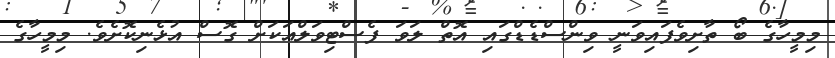
މިމީހާގެ ބޯ ތާށިވެފައިވަނީ ވިންސްޑެޑްގައި އޮތް ލަވަ ފެސްޓިވަލްއަކަށް ގޮސް އުޅެނިކޮށެވެ. މިމީހާގެ